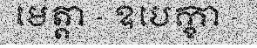
មេត្តា - ឧបេក្ខា -